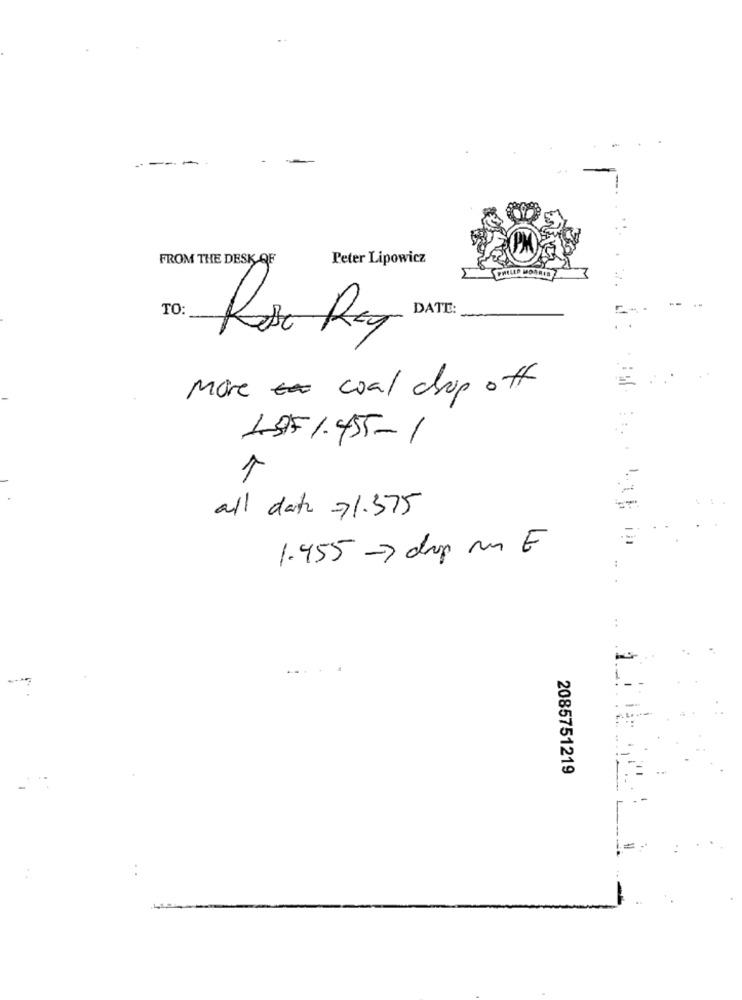
----
FROM THE DESK OF
Peter Lipowicz
TO:
DATE:
More coal drop off
.. .
1-9F 1.455-1
1
all dat -71.375
1.455-> drup m E
2085751219